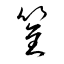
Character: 筌